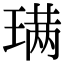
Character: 𫞩